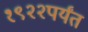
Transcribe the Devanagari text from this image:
१९२२पर्यंत